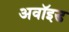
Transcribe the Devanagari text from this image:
अवॉइड